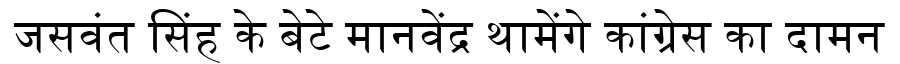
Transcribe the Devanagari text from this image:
जसवंत सिंह के बेटे मानवेंद्र थामेंगे कांग्रेस का दामन